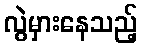
လွဲမှားနေသည့်